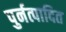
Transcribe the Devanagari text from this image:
पुर्नत्पादित